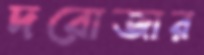
দরোজার